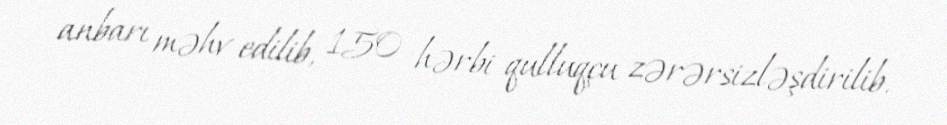
anbarı məhv edilib, 150 hərbi qulluqçu zərərsizləşdirilib.